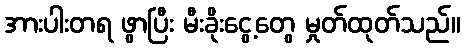
အားပါးတရ ဖွာပြီး မီးခိုးငွေ့တွေ မှုတ်ထုတ်သည်။